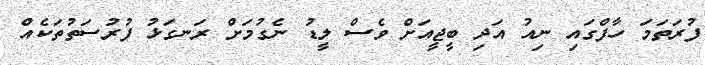
ފުރަތަމަ ހާފްގައި ނިއު އަދި ބީޖީއަށް ވެސް ލީޑު ނެގުމަށް ރަނގަޅު ފުރުސަތުތަކެއް